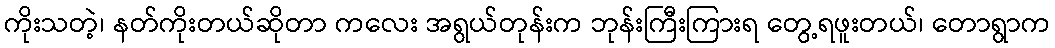
ကိုးသတဲ့၊ နတ်ကိုးတယ်ဆိုတာ ကလေး အရွယ်တုန်းက ဘုန်းကြီးကြားရ တွေ့ရဖူးတယ်၊ တောရွာက